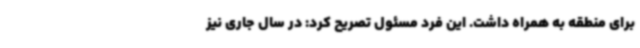
برای منطقه به همراه داشت. این فرد مسئول تصریح کرد: در سال جاری نیز